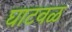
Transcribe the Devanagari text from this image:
घाटवळ